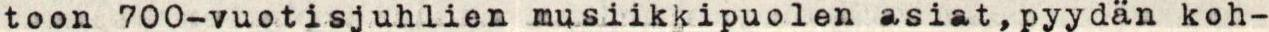
toon 7OO-vuotisjuhlien musiikkipuolen asiat, pyydän koh-